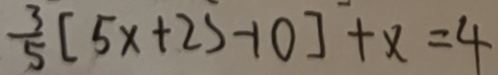
\frac { 3 } { 5 } [ 5 x + 2 5 - 1 0 ] + x = 4